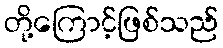
တို့ကြောင့်ဖြစ်သည်